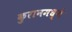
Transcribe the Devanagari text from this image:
कुरानमध्ये